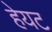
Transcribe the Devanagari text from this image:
हेयट